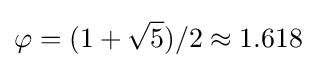
\varphi =(1+{\sqrt {5}})/2\approx 1.618